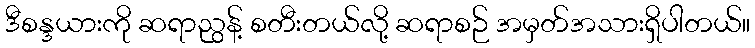
ဒီစန္ဒယားကို ဆရာညွန့် စတီးတယ်လို့ ဆရာစဉ် အမှတ်အသားရှိပါတယ်။